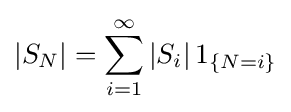
|S_{N}|=\sum _{i=1}^{\infty }|S_{i}|\,1_{\{N=i\}}